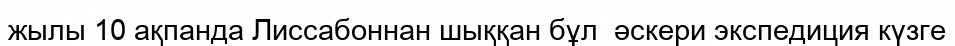
жылы 10 ақпанда Лиссабоннан шыққан бұл  әскери экспедиция күзге